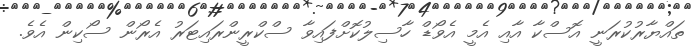
ތައްޔާރުކުރަނީ އޮސްކާ އާއި އެމީ އެވޯޑް ހާސިލުކޮށްފައިވާ ސްކްރީންރައިޓަރު އެރޯން ސޯކިން އެވެ.